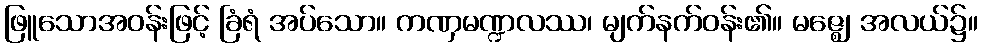
ဖြူသောအဝန်းဖြင့် ခြံရံ အပ်သော။ ကဏှမဏ္ဍလဿ၊ မျက်နက်ဝန်း၏။ မဇ္ဈေ၊ အလယ်၌။